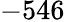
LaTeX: -546